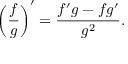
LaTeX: { \left( { \frac { f } { g } } \right) } ^ { \prime } = { \frac { f ^ { \prime } g - f g ^ { \prime } } { g ^ { 2 } } } .